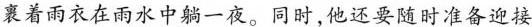
裹着雨衣在雨水中躺一夜。同时，他还要随时准备迎接